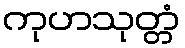
ကုဟသုတ္တံ